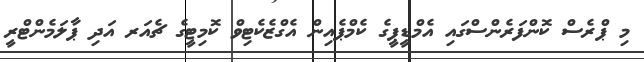
މި ޕްރެސް ކޮންފަރެންސްގައި އެމްޑީޕީގެ ކެމްޕެއިން އެގްޒެކެޓިވް ކޮމިޓީގެ ޗެއަރ އަދި ޕާލަމެންޓްރީ